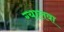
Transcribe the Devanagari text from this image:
ग्यालवा